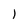
Character: l